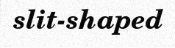
slit-shaped